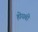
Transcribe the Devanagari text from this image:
ह्येयबी